Plague in India, 1896, 1897 - Volume 3
Year: 1896
Disease focus: Plague
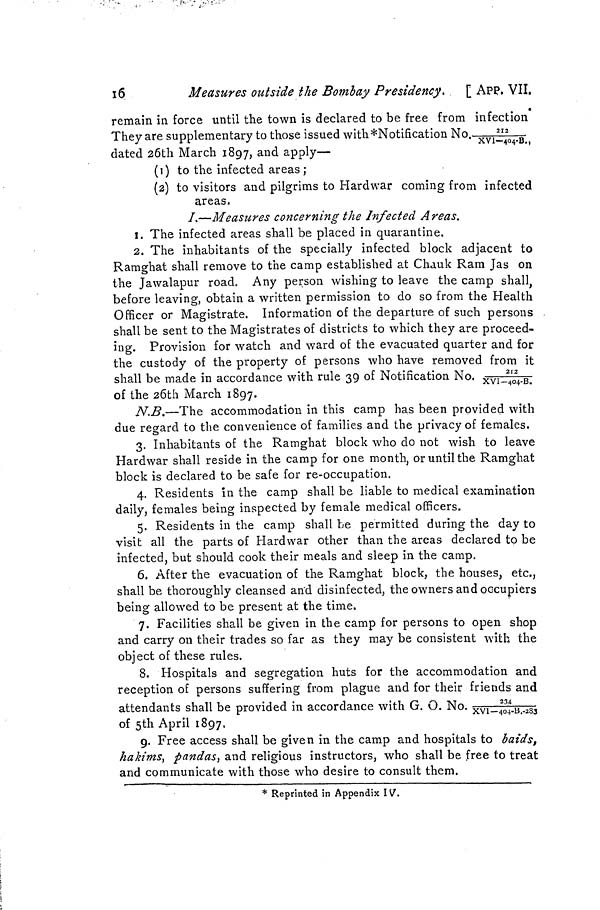
16
Measures outside the Bombay Presidency. [ App. VII.
remain in force until the town is declared to be free from infection
They
are supplementary to those issued
dated 26th March 1897, and apply—
(1) to the infected areas ;
(2) to visitors and pilgrims to Hardwar coming from infected
areas,
I.—Measures concerning the Infected Areas.
1. The infected areas shall be placed in quarantine.
2. The inhabitants of the specially infected block adjacent to
Ramghat shall remove to the camp established at Chauk Ram Jas on
the Jawalapur road. Any person wishing to leave the camp shall,
before leaving, obtain a written permission to do so from the Health
Officer or Magistrate. Information of the departure of such persons
shall be sent to the Magistrates of districts to which they are proceed-
ing. Provision for watch and ward of the evacuated quarter and for
the custody of the property of persons who have removed from
shall be made in accordance with rule 39 of Notification No.
212/XV
of the 26th March 1897.
N.B.—The accommodation in this camp has been provided with
due regard to the convenience of families and the privacy of females.
3. Inhabitants of the Ramghat block who do not wish to leave
Hardwar shall reside in the camp for one month, or until the Ramghat
block is declared to be safe for re-occupation.
4. Residents in the camp shall be liable to medical examination
daily, females being inspected by female medical officers.
5. Residents in the camp shall be permitted during the day to
visit all the parts of Hardwar other than the areas declared to be
infected, but should cook their meals and sleep in the camp.
6. After the evacuation of the Ramghat block, the houses, etc.,
shall be thoroughly cleansed an'd disinfected, the owners and occupiers
being allowed to be present at the time.
7. Facilities shall be given in the camp for persons to open shop
and carry on their trades so far as they may be consistent with the
object of these rules.
8. Hospitals and segregation huts for the accommodation and
reception of persons suffering from plague and for their friends and
attendants shall be provided in accordance with G. O. No.
234/
L
XV1
— 4O4'-B..-283
of 5th April 1897,
9. Free access shall be given in the camp and hospitals to baids,
hakims, pandas, and religious instructors, who shall be free to treat
and communicate with those who desire to consult them.
* Reprinted in Appendix IV.